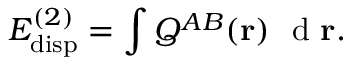
E _ { \mathrm { d i s p } } ^ { ( 2 ) } = \int Q ^ { A B } ( \mathbf { r } ) \ \mathrm { ~ d ~ } \mathbf { r } .